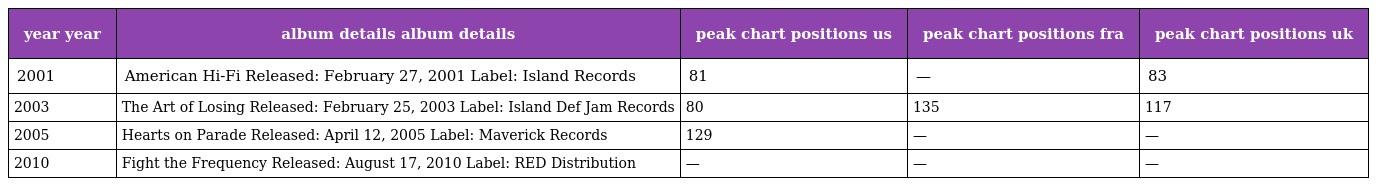
| year year | album details album details | peak chart positions us | peak chart positions fra | peak chart positions uk |
 | --- | --- | --- | --- | --- |
 | 2001 | American Hi-Fi Released: February 27, 2001 Label: Island Records | 81 | — | 83 |
 | 2003 | The Art of Losing Released: February 25, 2003 Label: Island Def Jam Records | 80 | 135 | 117 |
 | 2005 | Hearts on Parade Released: April 12, 2005 Label: Maverick Records | 129 | — | — |
 | 2010 | Fight the Frequency Released: August 17, 2010 Label: RED Distribution | — | — | — |